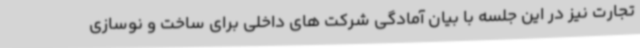
تجارت نیز در این جلسه با بیان آمادگی شرکت های داخلی برای ساخت و نوسازی